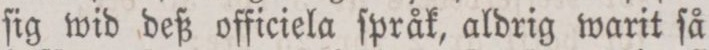
ſig wid deß officiela ſpråk, aldrig warit ſå